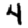
Digit: 4